Plague in India, 1896, 1897 - Volume 3
Year: 1896
Disease focus: Plague
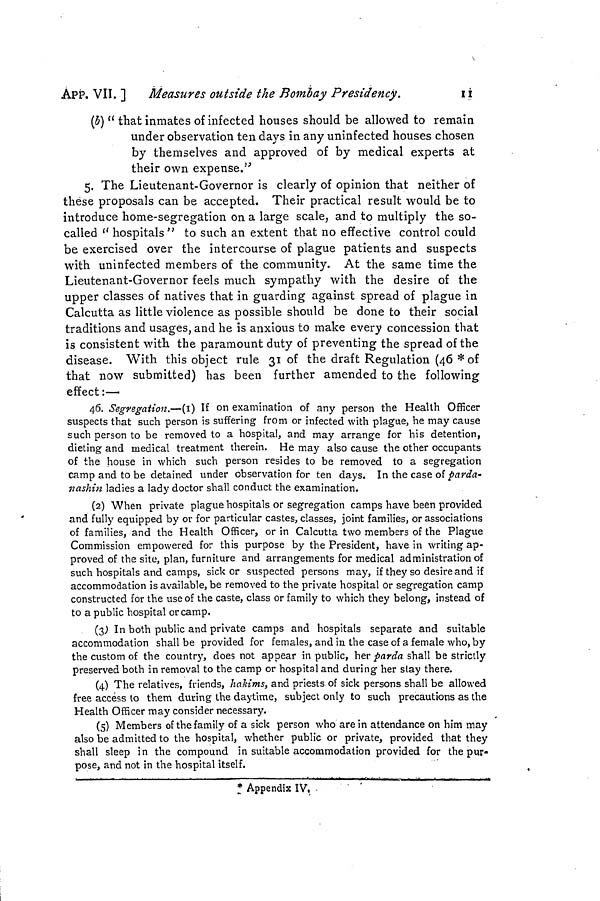
APP. VII. ]
Measures outside the Bombay Presidency.
11
(b) " that inmates of infected houses should be allowed to remain
under observation ten days in any uninfected houses chosen
by themselves and approved of by medical experts at
their own expense."
5. The Lieutenant-Governor is clearly of opinion that neither of
these proposals can be accepted. Their practical result would be to
introduce home-segregation on a large scale, and to multiply the so-
called "hospitals" to such an extent that no effective control could
be exercised over the intercourse of plague patients and suspects
with uninfected members of the community. At the same time the
Lieutenant-Governor feels much sympathy with the desire of the
upper classes of natives that in guarding against spread of plague in
Calcutta as little violence as possible should be done to their social
traditions and usages, and he is anxious to make every concession that
is consistent with the paramount duty of preventing the spread of the
disease. With this object rule 31 of the draft Regulation (46* of
that now submitted) has been further amended to the following
effect:—
46. Segregation.—(1) If on examination of any person the Health Officer
suspects that such person is suffering from or infected with plague, he may cause
such person to be removed to a hospital, and may arrange for his detention,
dieting and medical treatment therein. He may also cause the other occupants
of the house in which such person resides to be removed to a segregation
camp and to be detained under observation for ten days. In the case of parda-
nashin ladies a lady doctor shall conduct the examination.
(2) When private plague hospitals or segregation camps have been provided
and fully equipped by or for particular castes, classes, joint families, or associations
of families, and the Health Officer, or in Calcutta two members of the Plague
Commission empowered for this purpose by the President, have in writing ap-
proved of the site, plan, furniture and arrangements for medical administration of
such hospitals and camps, sick or suspected persons may, if they so desire and if
accommodation is available, be removed to the private hospital or segregation camp
constructed for the use of the caste, class or family to which they belong, instead of
to a public hospital or camp.
(3) In both public and private camps and hospitals separate and suitable
accommodation shall be provided for females, and in the case of a female who, by
the custom of the country, does not appear in public, her parda shall be strictly
preserved both in removal to the camp or hospital and during her slay there.
(4) The relatives, friends, hakims, and priests of sick persons shall be allowed
free access to them during the daytime, subject only to such precautions as the
Health Officer may consider necessary.
(5) Members of the family of a sick person who are in attendance on him may
also be admitted to the hospital, whether public or private, provided that they
shall sleep in the compound in suitable accommodation provided for the pur-
pose, and not in the hospital itself.
* Appendix IV